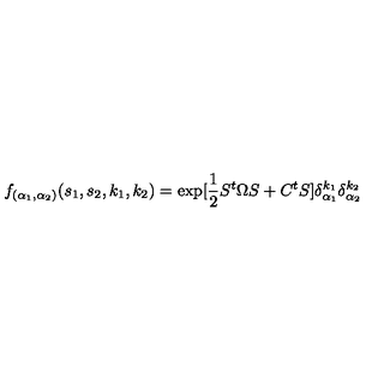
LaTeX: f _ { ( \alpha _ { 1 } , \alpha _ { 2 } ) } ( s _ { 1 } , s _ { 2 } , k _ { 1 } , k _ { 2 } ) = \exp [ \frac { 1 } { 2 } S ^ { t } \Omega S + C ^ { t } S ] \delta _ { \alpha _ { 1 } } ^ { k _ { 1 } } \delta _ { \alpha _ { 2 } } ^ { k _ { 2 } }